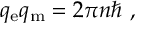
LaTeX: q _ { \mathrm { e } } q _ { \mathrm { m } } = 2 \pi n \hbar \ ,